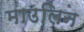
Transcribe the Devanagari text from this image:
माउलिन